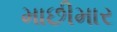
માછીમાર